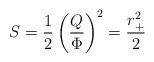
LaTeX: \begin{align*}S={1\over2} \left({Q\over \Phi}\right)^2= {r_+^2\over2}\end{align*}